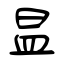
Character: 昷